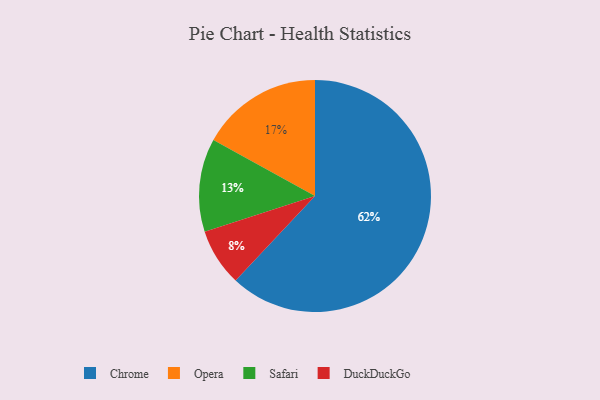
{"axis": {"x": "Category", "y": "Percentage"}, "legend": ["Chrome", "DuckDuckGo", "Opera", "Safari"], "data": [{"x": "Safari", "y": 13, "type": "Safari"}, {"x": "Chrome", "y": 62, "type": "Chrome"}, {"x": "Opera", "y": 17, "type": "Opera"}, {"x": "DuckDuckGo", "y": 8, "type": "DuckDuckGo"}]}